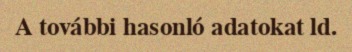
A további hasonló adatokat ld.